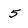
Character: 5